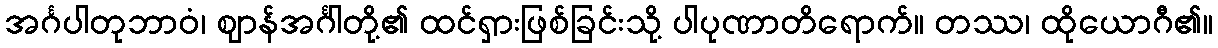
အင်္ဂပါတုဘာဝံ၊ ဈာန်အင်္ဂါတို့၏ ထင်ရှားဖြစ်ခြင်းသို့ ပါပုဏာတိရောက်။ တဿ၊ ထိုယောဂီ၏။